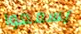
يسمعوا